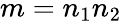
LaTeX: m=n_{1}n_{2}